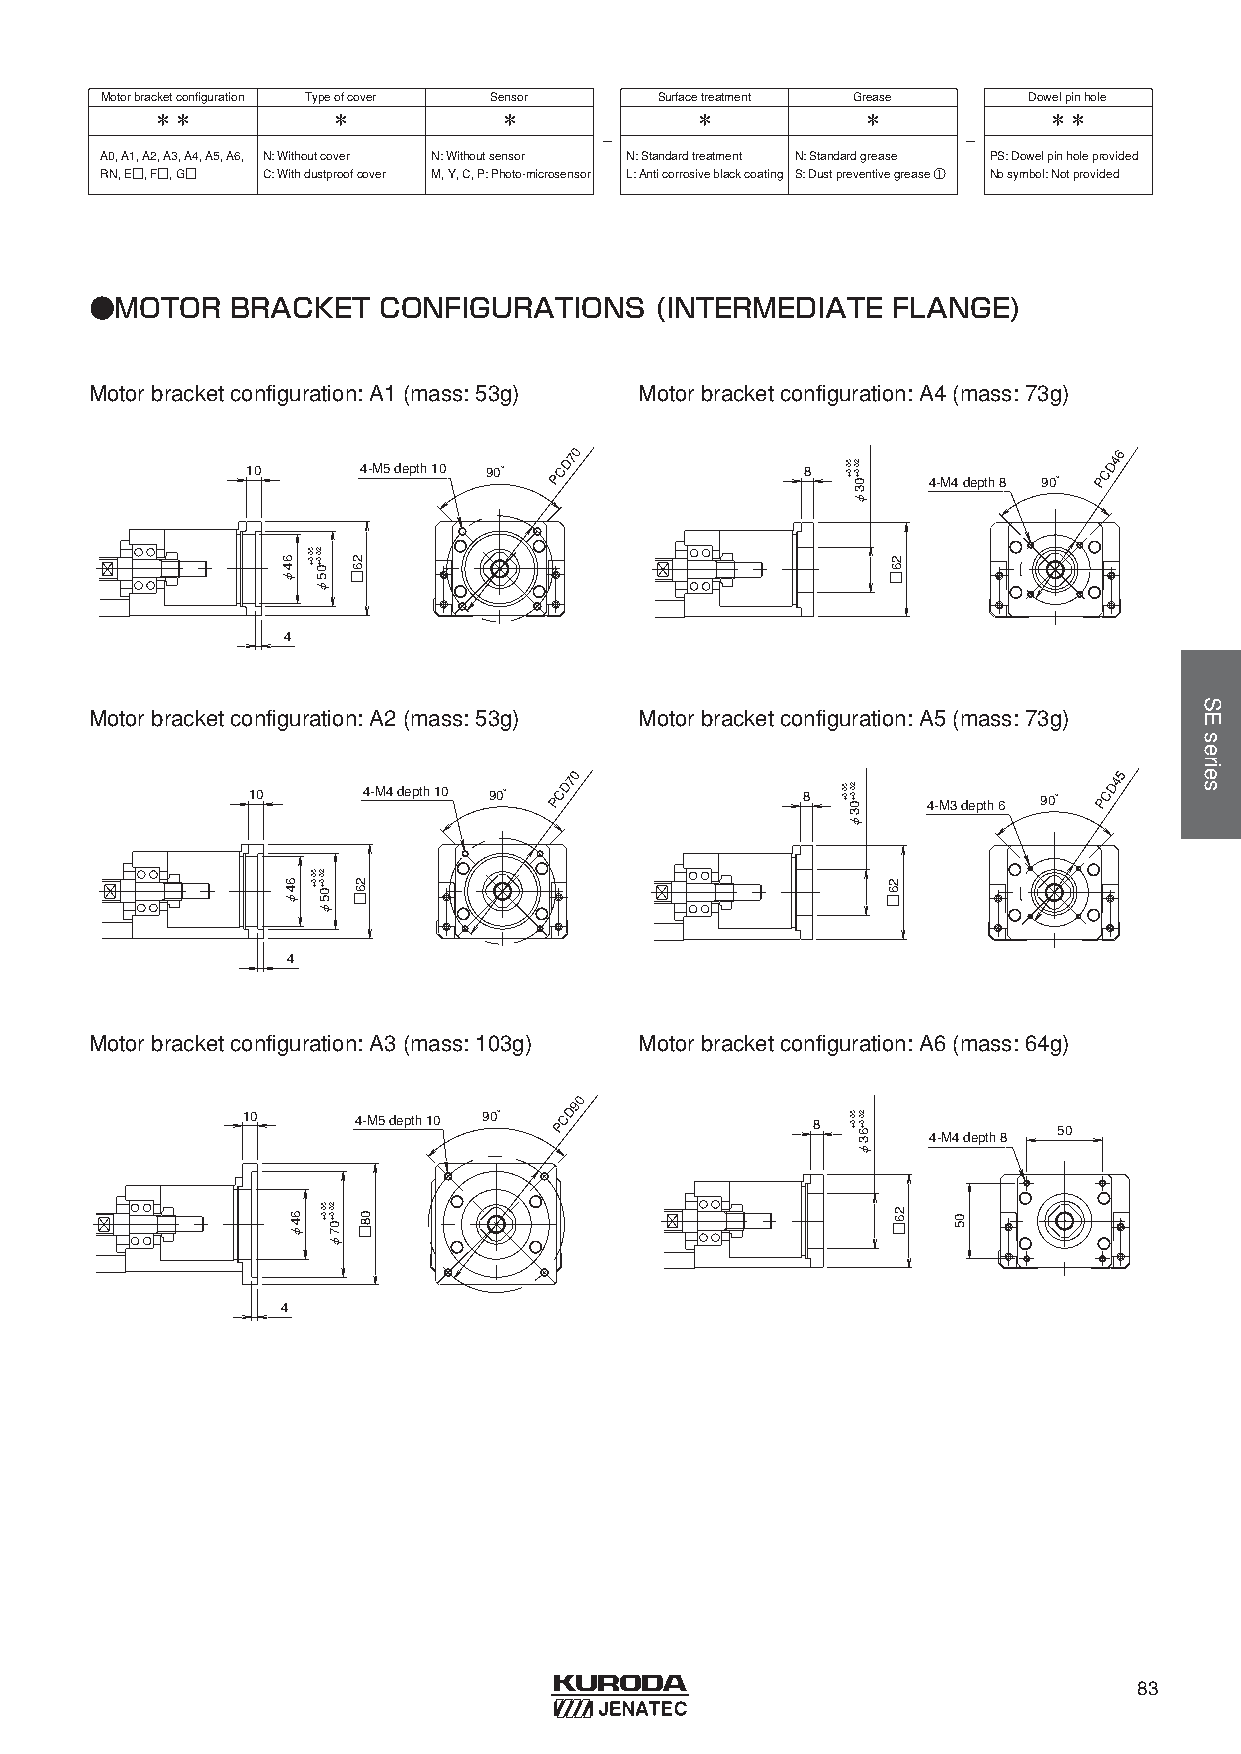
Motorbracketconfiguration Typeofcover Sensor Surfacetreatment Grease Dowelpinhole
 ＊＊          ＊          ＊            ＊          ＊           ＊＊
 -                       -
 A0, A1, A2, A3, A4, A5, A6, N: Withoutcover N: Withoutsensor N: Standardtreatment N: Standardgrease PS: Dowelpinholeprovided
 RN, E□, F□, G□ C: Withdustproofcover M, Y, C, P: Photo-microsensor L: Anticorrosiveblackcoating S: Dustpreventivegrease ① Nosymbol: Notprovided
 ●MOTOR   BRACKET   CONFIGURATIONS    (INTERMEDIATE   FLANGE)
 Motorbracketconfiguration: A1 (mass: 53g) Motorbracketconfiguration: A4 (mass: 73g)
 10      4-M5 depth 10 90°
 PCD70
 8       4-M4 depth 8 90°
 PCD46
 4
 Motorbracketconfiguration: A2 (mass: 53g) Motorbracketconfiguration: A5 (mass: 73g)
 10      4-M4 depth 10 90°
 PCD70
 8       4-M3 depth 6 90°
 PCD45
 4
 Motorbracketconfiguration: A3 (mass: 103g) Motorbracketconfiguration: A6 (mass: 64g)
 10     4-M5 depth 10 90°
 PCD90
 8               50
 4-M4 depth 8
 4
 83
 64φ
 64φ
 64φ
 5 20 0. .0 0+ +05φ
 5 20 0. .0 0+ +05φ
 5 20 0. .0 0+ +07φ
 26□
 26□
 08□
 5 20 0. .0 0+ +03φ
 5 20 0. .0 0+ +03φ
 5 20 0. .0 0+ +63φ
 26□
 26□
 26□ 05
 SEseries